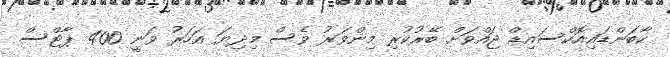
ކާބަންޑައިއޮކްސައިޑް ޖައްވަށް ބޭރުކުރި މިންވަރު ވެސް މިދިޔަ އަހަރު ވަނީ 400 ޕާޓްސް